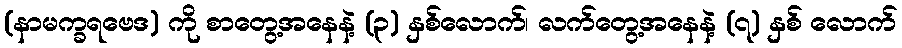
(နာမက္ခရဗေဒ) ကို စာတွေ့အနေနဲ့ (၃) နှစ်လောက်၊ လက်တွေ့အနေနဲ့ (၇) နှစ် လောက်